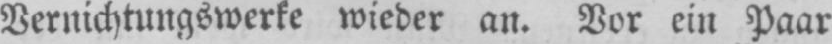
Vernichtungswerke wieder an. Vor ein Paar